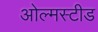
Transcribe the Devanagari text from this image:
ओल्मस्टीड